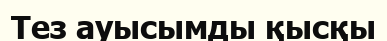
Тез ауысымды қысқы